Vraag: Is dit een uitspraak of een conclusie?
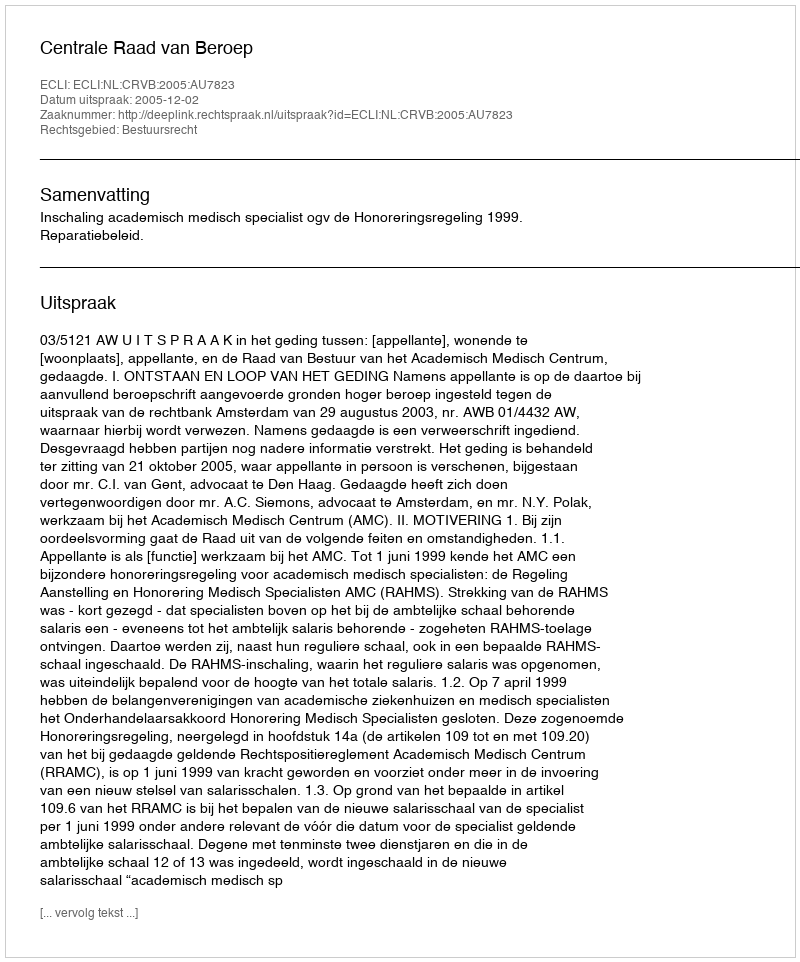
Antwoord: Uitspraak